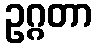
ဥဂ္ဂတာ